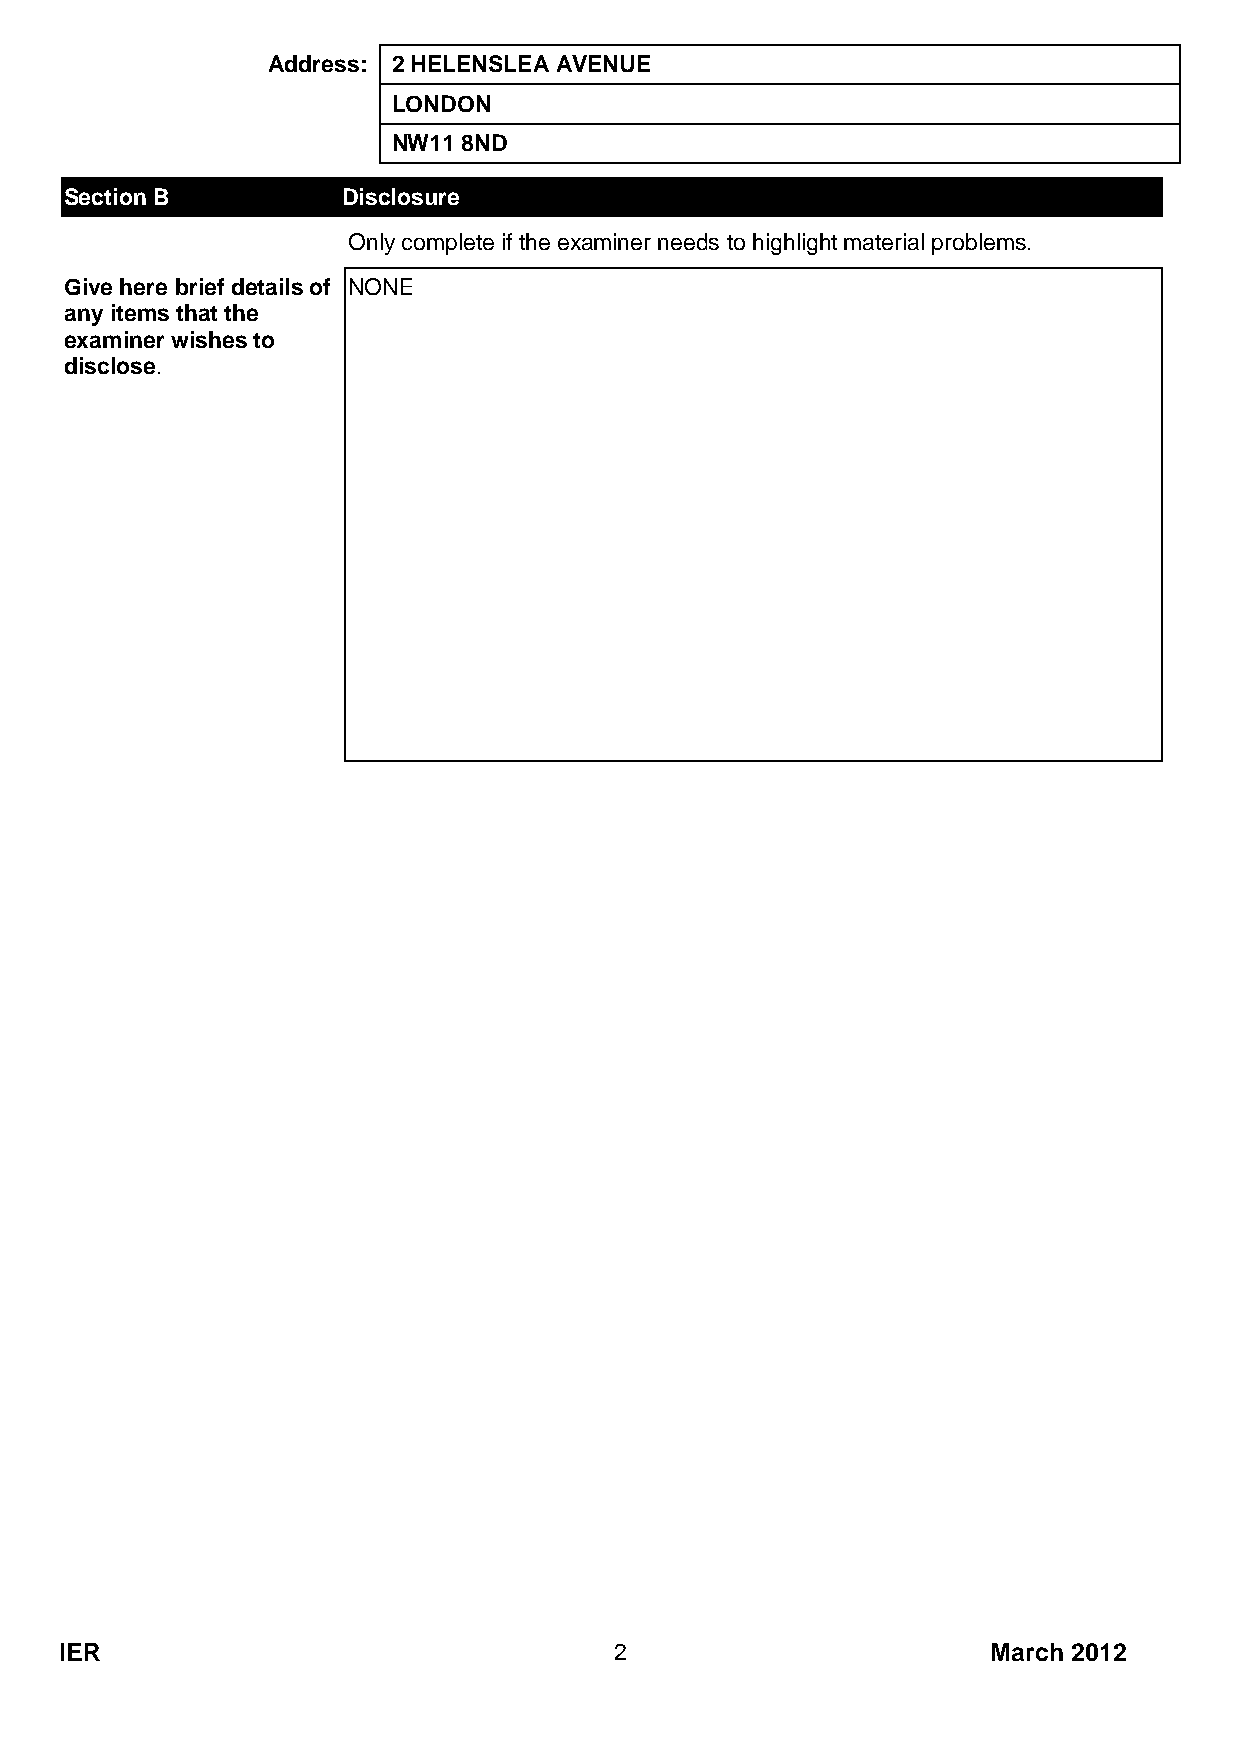
Address: 2 HELENSLEA AVENUE
 LONDON
 NW11 8ND
 Section B          Disclosure
 Only complete if the examiner needs to highlight material problems.
 Give here brief details of NONE
 any items that the
 examiner wishes to
 disclose.
 IER                                  2                        March 2012